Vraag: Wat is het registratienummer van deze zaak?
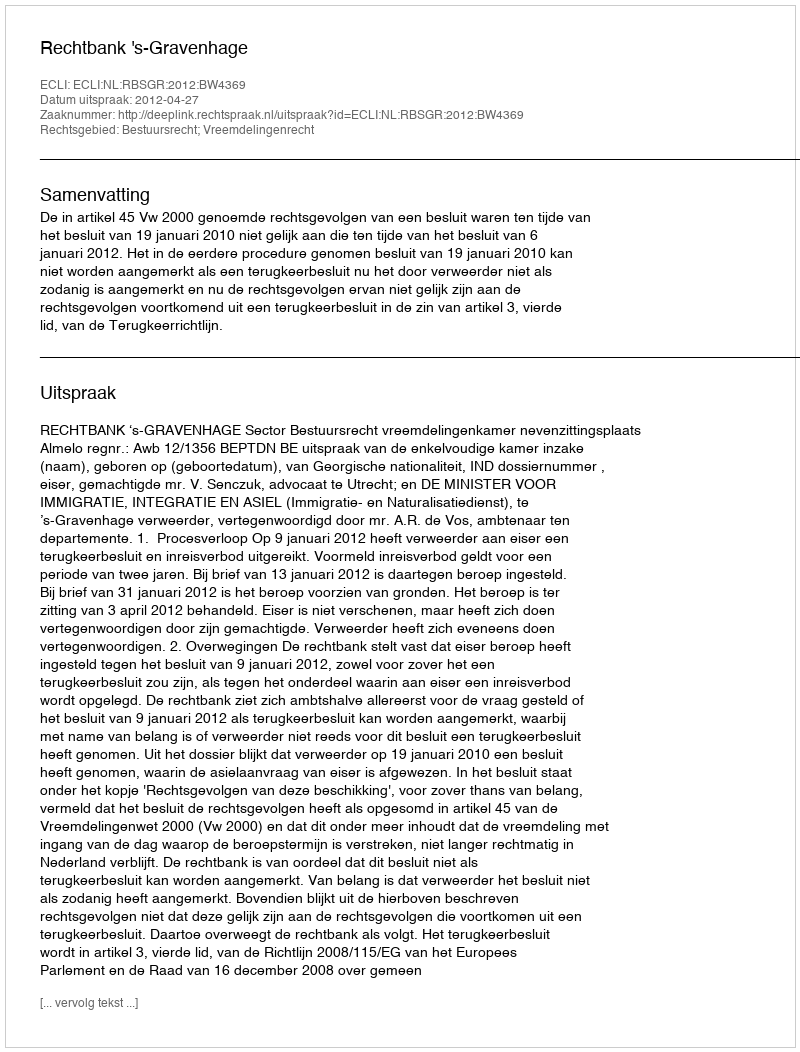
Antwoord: http://deeplink.rechtspraak.nl/uitspraak?id=ECLI:NL:RBSGR:2012:BW4369